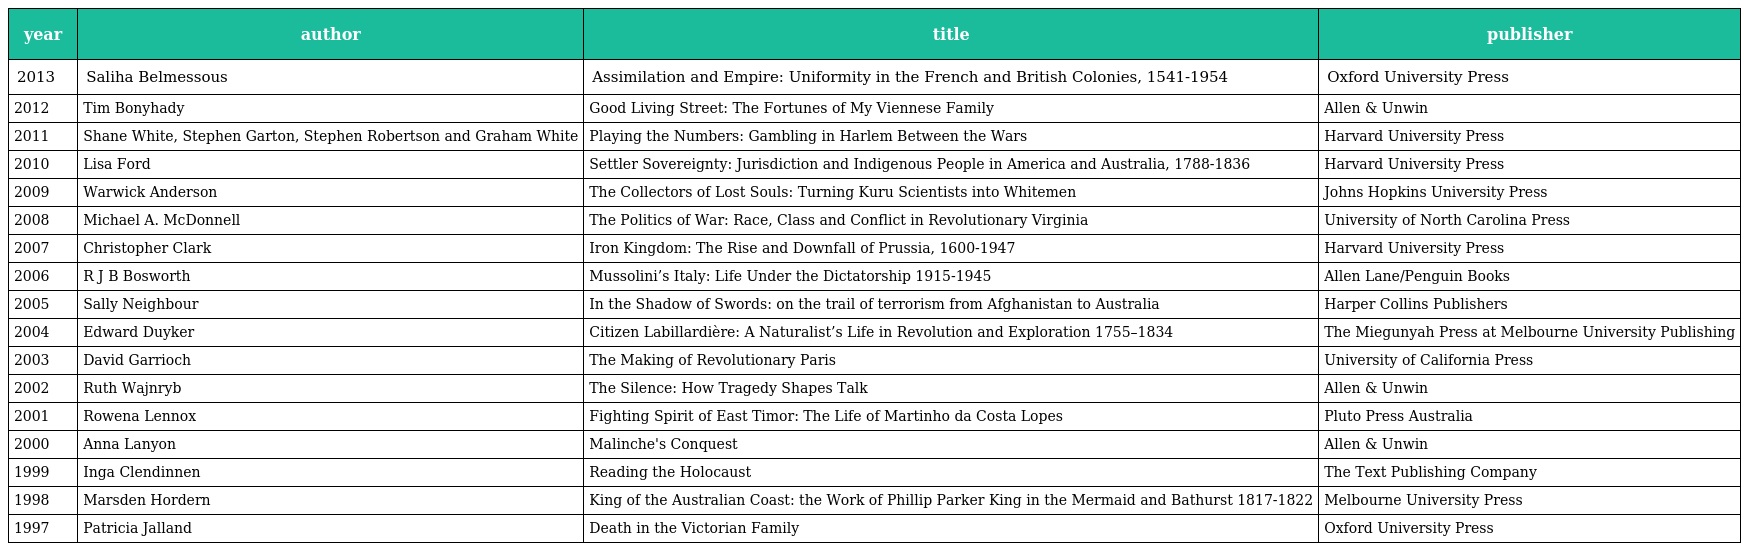
| year | author | title | publisher |
 | --- | --- | --- | --- |
 | 2013 | Saliha Belmessous | Assimilation and Empire: Uniformity in the French and British Colonies, 1541-1954 | Oxford University Press |
 | 2012 | Tim Bonyhady | Good Living Street: The Fortunes of My Viennese Family | Allen & Unwin |
 | 2011 | Shane White, Stephen Garton, Stephen Robertson and Graham White | Playing the Numbers: Gambling in Harlem Between the Wars | Harvard University Press |
 | 2010 | Lisa Ford | Settler Sovereignty: Jurisdiction and Indigenous People in America and Australia, 1788-1836 | Harvard University Press |
 | 2009 | Warwick Anderson | The Collectors of Lost Souls: Turning Kuru Scientists into Whitemen | Johns Hopkins University Press |
 | 2008 | Michael A. McDonnell | The Politics of War: Race, Class and Conflict in Revolutionary Virginia | University of North Carolina Press |
 | 2007 | Christopher Clark | Iron Kingdom: The Rise and Downfall of Prussia, 1600-1947 | Harvard University Press |
 | 2006 | R J B Bosworth | Mussolini’s Italy: Life Under the Dictatorship 1915-1945 | Allen Lane/Penguin Books |
 | 2005 | Sally Neighbour | In the Shadow of Swords: on the trail of terrorism from Afghanistan to Australia | Harper Collins Publishers |
 | 2004 | Edward Duyker | Citizen Labillardière: A Naturalist’s Life in Revolution and Exploration 1755–1834 | The Miegunyah Press at Melbourne University Publishing |
 | 2003 | David Garrioch | The Making of Revolutionary Paris | University of California Press |
 | 2002 | Ruth Wajnryb | The Silence: How Tragedy Shapes Talk | Allen & Unwin |
 | 2001 | Rowena Lennox | Fighting Spirit of East Timor: The Life of Martinho da Costa Lopes | Pluto Press Australia |
 | 2000 | Anna Lanyon | Malinche's Conquest | Allen & Unwin |
 | 1999 | Inga Clendinnen | Reading the Holocaust | The Text Publishing Company |
 | 1998 | Marsden Hordern | King of the Australian Coast: the Work of Phillip Parker King in the Mermaid and Bathurst 1817-1822 | Melbourne University Press |
 | 1997 | Patricia Jalland | Death in the Victorian Family | Oxford University Press |